Report of the veterinary officer investigating camel disease
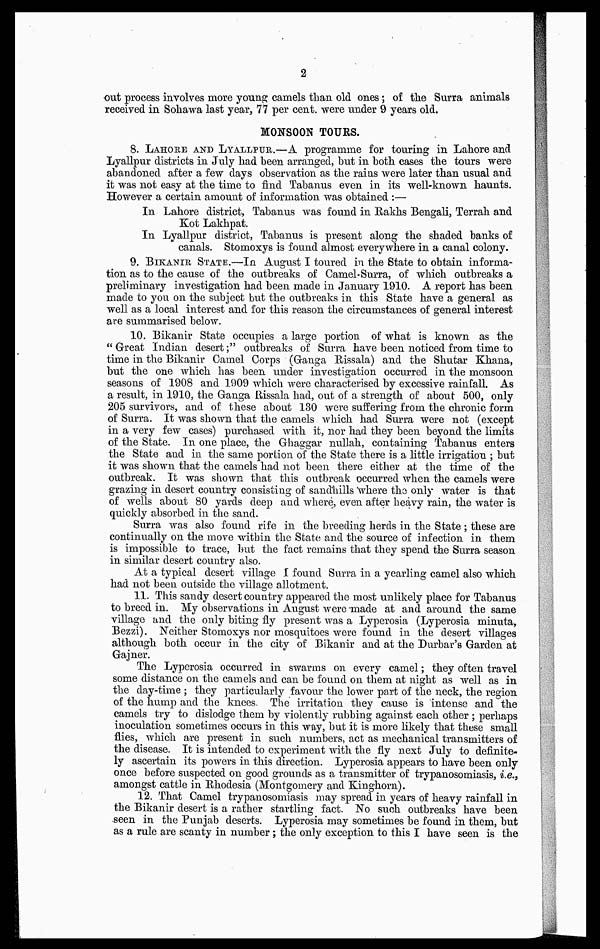
2
out process involves more young camels than old ones ; of the Surra animals
received in Sohawa last year, 77 per cent. were under 9 years old.
MONSOON TOURS.
8. LAHORE AND LYALLPUR.—A programme for touring in Lahore and
Lyallpur districts in July had been arranged, but in both cases the tours were
abandoned after a few days observation as the rains were later than usual and
it was not easy at the time to find Tabanus even in its well-known haunts.
However a certain amount of information was obtained :—
In Lahore district, Tabanus was found in Rakhs Bengali, Terrah and
Kot Lakhpat.
In Lyallpur district, Tabanus is present along the shaded banks of
canals. Stomoxys is found almost everywhere in a canal colony.
9. BIKANIR STATE.—In August I toured in the State to obtain informa-
tion as to the cause of the outbreaks of Camel-Surra, of which outbreaks a
preliminary investigation had been made in January 1910. A report has been
made to you on the subject but the outbreaks in this State have a general as
well as a local interest and for this reason the circumstances of general interest
are summarised below.
10. Bikanir State occupies a large portion of what is known as the
"Great Indian desert;" outbreaks of Surra have been noticed from time to
time in the Bikanir Camel Corps (Ganga Rissala) and the Shutar Khana,
but the one which has been under investigation occurred in the monsoon
seasons of 1908 and 1909 which were characterised by excessive rainfall. As
a result, in 1910, the Ganga Rissala had, out of a strength of about 500, only
205 survivors, and of these about 130 were suffering from the chronic form
of Surra. It was shown that the camels which had Surra were not (except
in a very few cases) purchased with it, nor had they been beyond the limits
of the State. In one place, the Ghaggar nullah, containing Tabanus enters
the State and in the same portion of the State there is a little irrigation ; but
it was shown that the camels had not been there either at the time of the
outbreak. It was shown that this outbreak occurred when the camels were
grazing in desert country consisting of sandhills where the only water is that
of wells about 80 yards deep and where, even after heavy rain, the water is
quickly absorbed in the sand.
Surra was also found rife in the breeding herds in the State ; these are
continually on the move within the State and the source of infection in them
is impossible to trace, but the fact remains that they spend the Surra season
in similar desert country also.
At a typical desert village I found Surra in a yearling camel also which
had not been outside the village allotment.
11. This sandy desert country appeared the most unlikely place for Tabanus
to breed in. My observations in August were 'made at and around the same
village and the only biting fly present was a Lyperosia (Lyperosia minuta,
Bezzi). Neither Stomoxys nor mosquitoes were found in the desert villages
although both occur in the city of Bikanir and at the Durbar's Garden at
Gajner.
The Lyperosia occurred in swarms on every camel ; they often travel
some distance on the camels and can be found on them at night as well as in
the day-time ; they particularly favour the lower part of the neck, the region
of the hump and the knees. The irritation they cause is intense and the
camels try to dislodge them by violently rubbing against each other ; perhaps
inoculation sometimes occurs in this way, but it is more likely that these small
flies, which are present in such numbers, act as mechanical transmitters of
the disease. It is intended to experiment with the fly next July to definite-
ly ascertain its powers in this direction. Lyperosia appears to have been only
once before suspected on good grounds as a transmitter of trypanosomiasis, i.e.,
amongst cattle in Rhodesia (Montgomery and Kinghorn).
12. That Camel trypanosomiasis may spread in years of heavy rainfall in
the Bikanir desert is a rather startling fact. No such outbreaks have been
seen in the Punjab deserts. Lyperosia may sometimes be found in them, but
as a rule are scanty in number ; the only exception to this I have seen is the